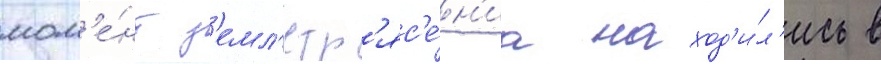
мом'е́нт з'емл'етр'яс'е́н'иа наход'и́л'ись в